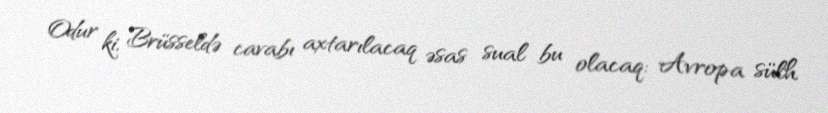
Odur ki, Brüsseldə cavabı axtarılacaq əsas sual bu olacaq: Avropa sülh